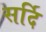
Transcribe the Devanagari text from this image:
सर्दि